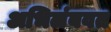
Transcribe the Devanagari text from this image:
अभिलंबवत